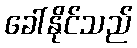
ခေါ်နိုင်သည်